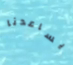
يساعدنا